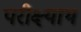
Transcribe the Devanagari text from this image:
परीक्ष्याथ